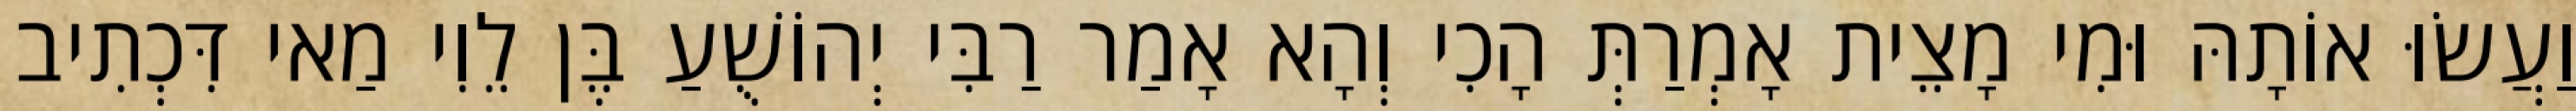
וַעֲשׂוּ אוֹתָהּ וּמִי מָצֵית אָמְרַתְּ הָכִי וְהָא אָמַר רַבִּי יְהוֹשֻׁעַ בֶּן לֵוִי מַאי דִּכְתִיב